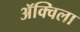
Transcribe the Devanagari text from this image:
ॲक्विला